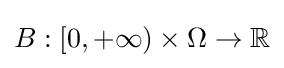
B:[0,+\infty )\times \Omega \to \mathbb {R}